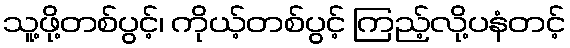
သူ့ဖို့တစ်ပွင့်၊ ကိုယ့်တစ်ပွင့် ကြည့်လို့ပနံတင့်